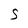
Character: S